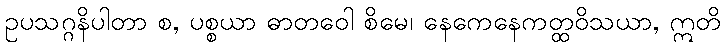
ဥပသဂ္ဂနိပါတာ စ, ပစ္စယာ ဓာတဝေါ စိမေ၊ နေကေနေကတ္ထဝိသယာ, ဣတိ